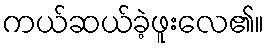
ကယ်ဆယ်ခဲ့ဖူးလေ၏။